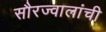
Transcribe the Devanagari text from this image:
सौरज्वालांची